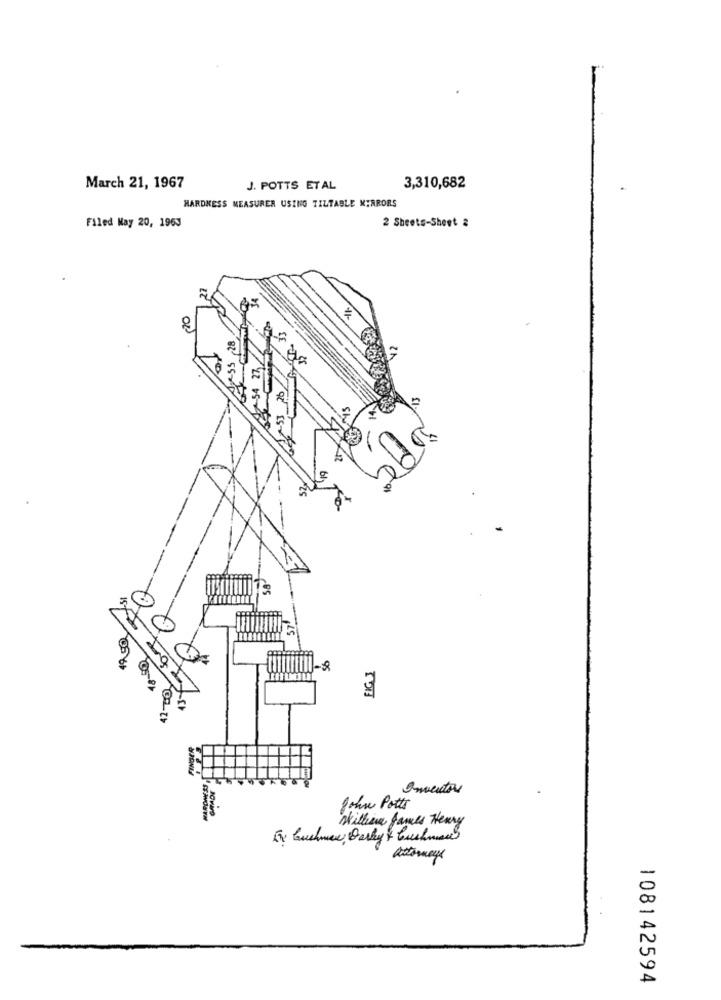
March 21, 1967
J. POTTS ETAL
3,310,682
HARDNESS MEASURER USING TILTABLE MIRRORS
2 Sheets-Sheet 2
Filed May 20, 1963
ar
49.50
3
GRADE
John Potts
SENNOSTH
Withera James Henry
attorneys
108142594